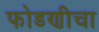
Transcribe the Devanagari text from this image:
फोडणीचा